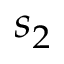
s _ { 2 }